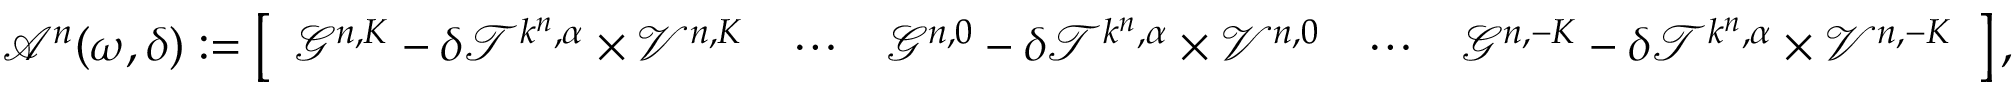
\begin{array} { r } { \mathcal { A } ^ { n } ( \omega , \delta ) : = \left[ \begin{array} { l l l l l } { \mathcal { G } ^ { n , K } - \delta \mathcal { T } ^ { k ^ { n } , \alpha } \times \mathcal { V } ^ { n , K } } & { \cdots } & { \mathcal { G } ^ { n , 0 } - \delta \mathcal { T } ^ { k ^ { n } , \alpha } \times \mathcal { V } ^ { n , 0 } } & { \cdots } & { \mathcal { G } ^ { n , - K } - \delta \mathcal { T } ^ { k ^ { n } , \alpha } \times \mathcal { V } ^ { n , - K } } \end{array} \right] , } \end{array}